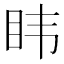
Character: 𮵆